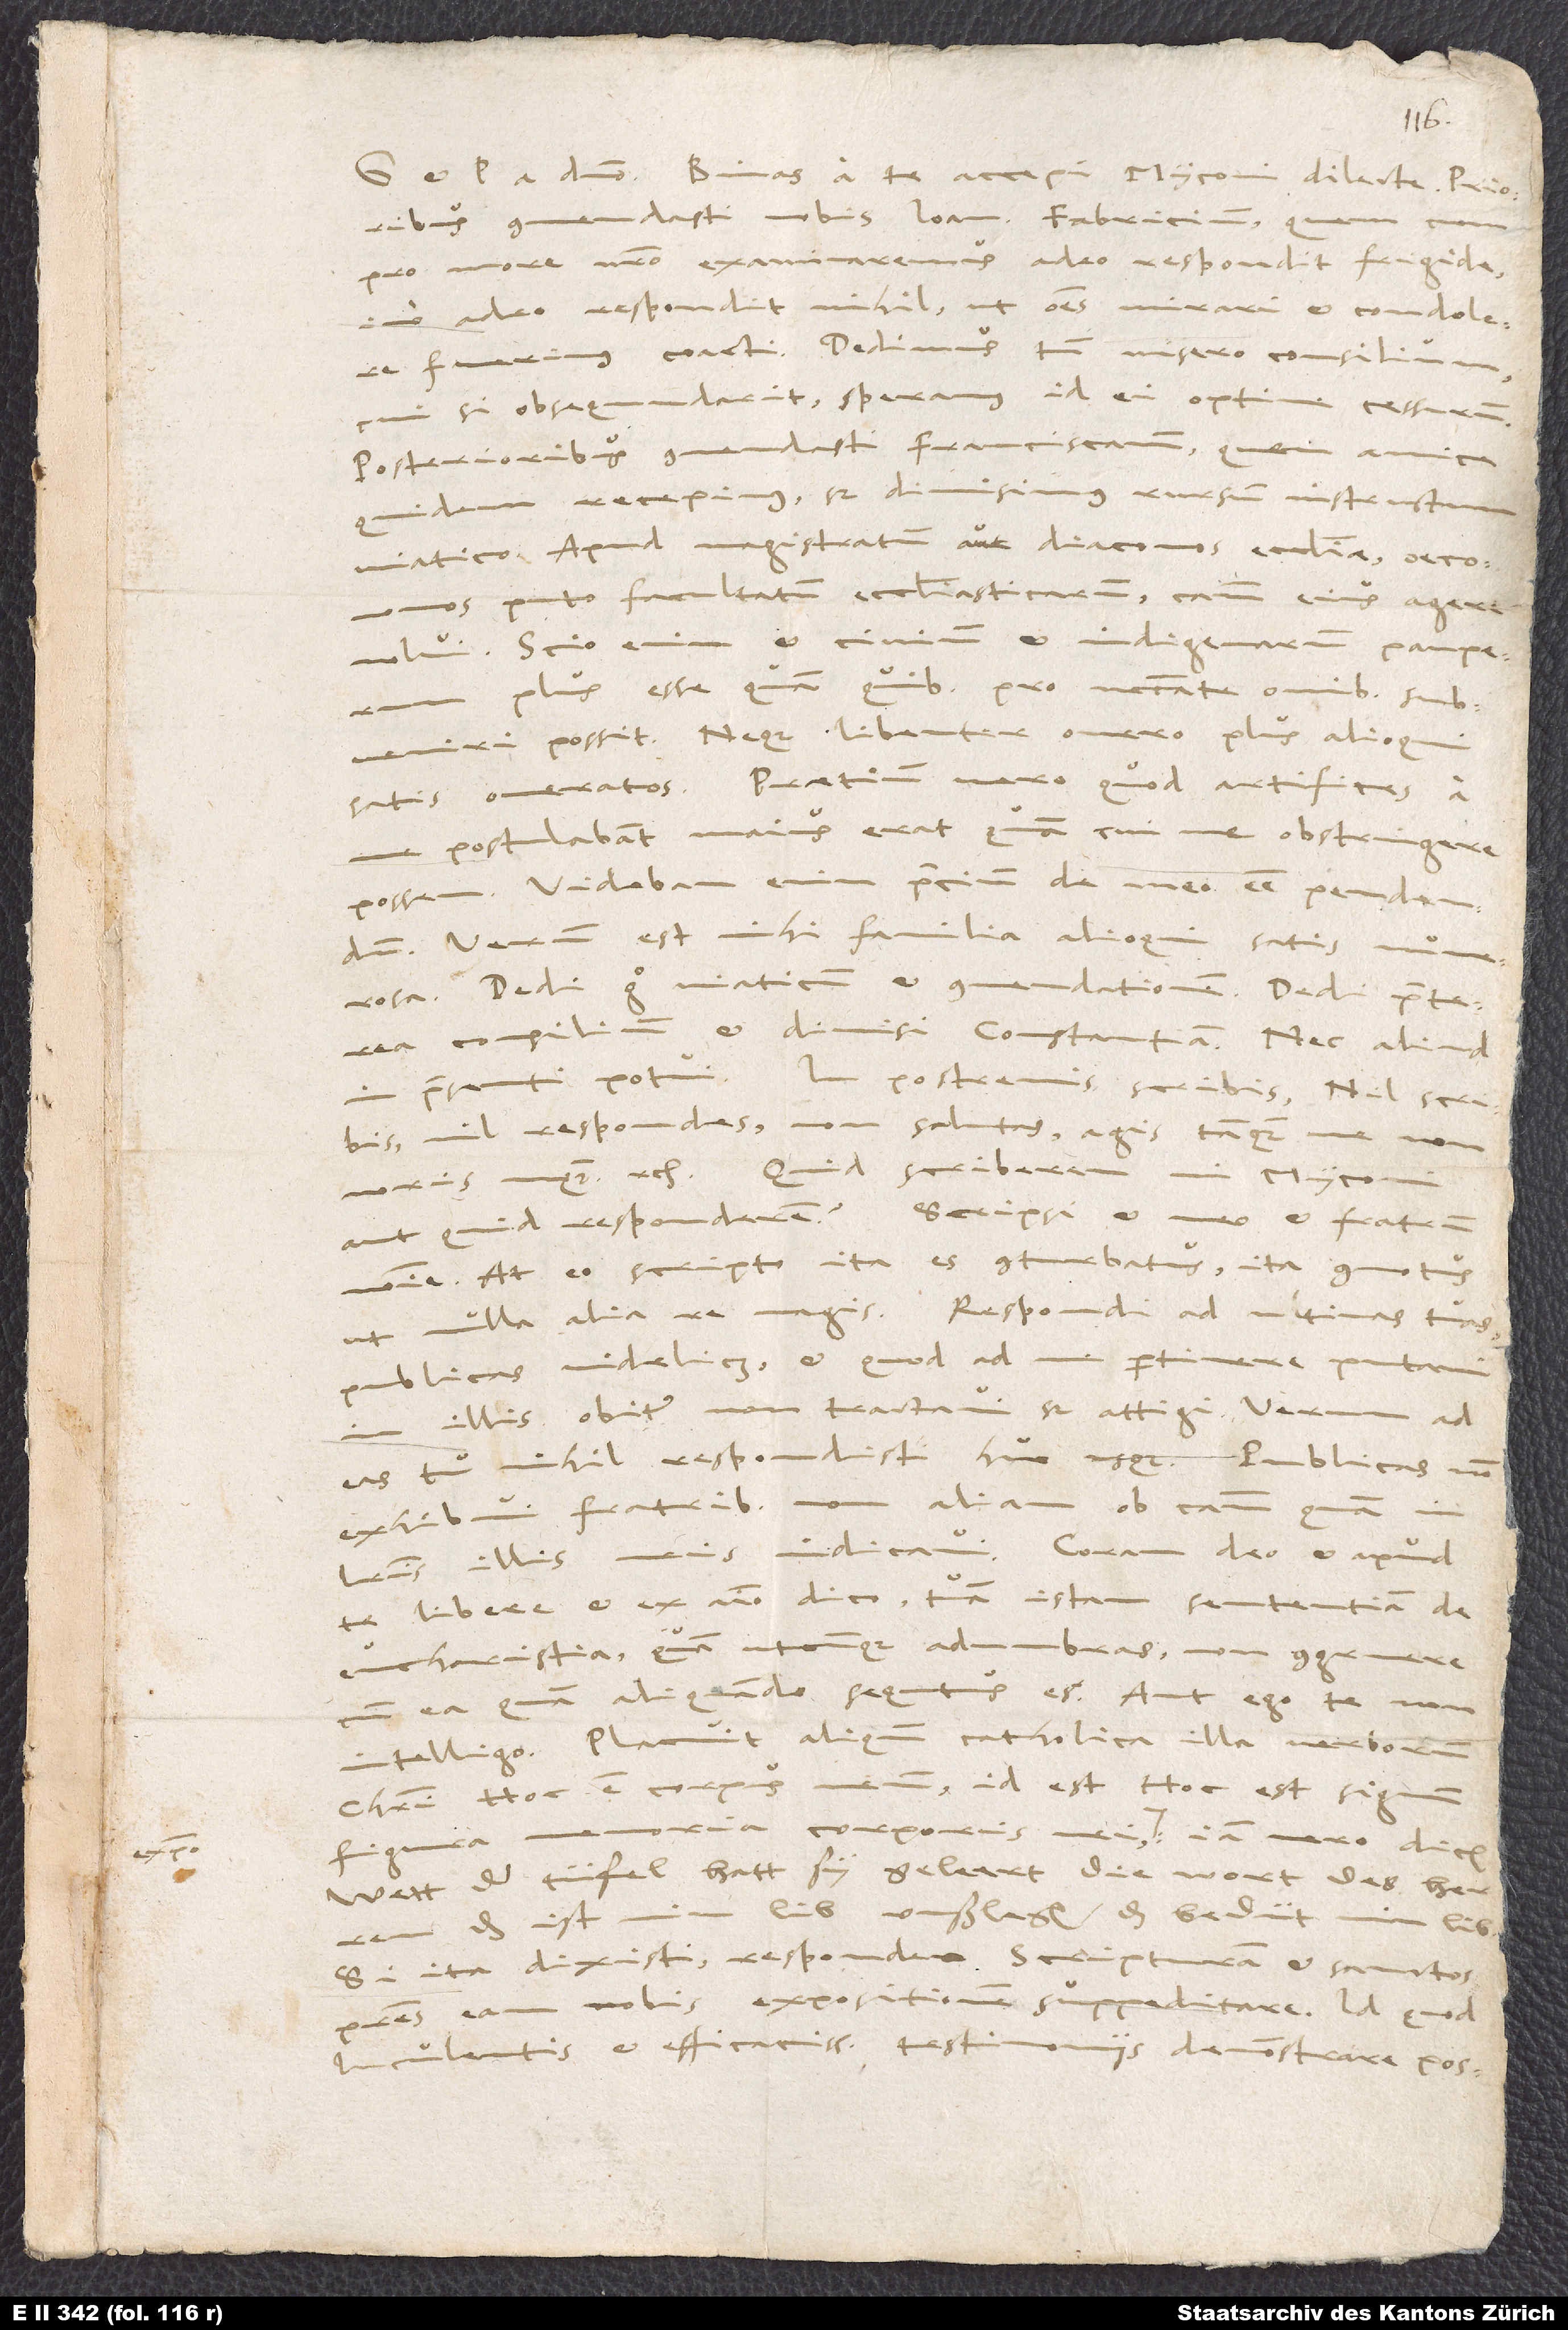
Binas a te accepi, Myconi dilecte. Prioribus
commendasti nobis Ioannem Fabricium; quem
pro more nostro examinaremus, adeo respondit frigide,
imo adeo respondit nihil, ut omnes mirari et condolere fuerimus
Cui si obsequndarit, speramus id ei optime cessurum.
Posterioribus commendasti Franciscanum, quem amice
quidem recepimus, sed dimisimus rursum instructum
viatico. Apud magistratum aut diaconos ecclesiae, oeconomos
puto facultatum ecclesiasticarum, causam eius agere
nolui. Scio enim et civium et indigenarum pauperum
plus esse, quam quibus pro necessitate omnibus subveniri
possit, neque libenter onero plus alioqui
satis oneratos. Praetium vero, quod artifices a
me postulabant, maius erat, quam cui me obstringere
possem. Videbam enim precium de meo esse pendendum.
Verum est mihi familia alioqui satis numerosa.
Dedi ergo viaticum et commendationem. Dedi praeterea
nil repondes, non salutas, agis, tanquam me non
noris unquam“ etc. Quid scriberem, mi Myconi,
aut quid responderem? Scripsi et meo et fratrum
nomine. At eo scripto ita es conturbatus, ita commotus
ut nulla alia re magis. Respondi ad ultimas tuas,
publicas videlicet, et quod ad me pertinere putavi,
in illis obiter non tractavi, sed attigi. Verum ad
eas tu nihil respondisti huc usque. Publicas non
exhibui fratribus non aliam ob causam, quam in
literis illis meis indicavi. Coram deo et apud
te libere et ex animo dico tuam istam sententiam de
eucharistia, quam utcunque adumbras, non congruere
cum ea, quam aliquando sequtus es, aut ego te non
intelligo. Placuit aliquando catholica illa verborum
Christi: „hoc est corpus meum“, id est „hoc est signum,
memoria corporis mei“ expositio. Iam vero dicis:
figura,
„Wett, der tüfel hatt sy geleert, die wort des herren
’das ist min lib’ uußlegen ’das bedüt min lib’.“
Si ita dixisti, respondeo scripturam et sanctos
patres eam nobis expositionem suppeditare, id quod
luculentis et efficacissimis testimoniis demonstrare poss